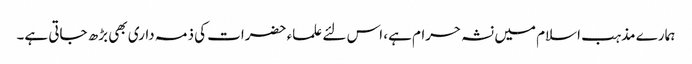
ہمارے مذہب اسلام میں نشہ حرام ہے، اس لئے علماء حضرات کی ذمہ داری بھی بڑھ جاتی ہے۔